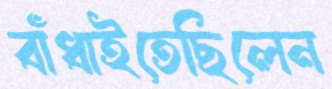
বাঁধাইতেছিলেন